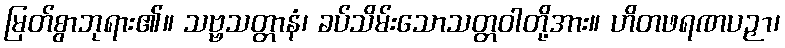
မြတ်စွာဘုရား၏။ သဗ္ဗသတ္တာနံ၊ ခပ်သိမ်းသောသတ္တဝါတို့အား။ ဟိတဖရဏပဉှာ၊